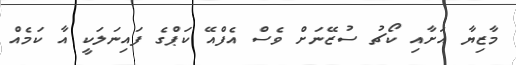
މާޒިޔާ އަށާއި ކޯޗު ސުޒޭނަށް ވެސް އެފްއޭ ކަޕްގެ ފައިނަލަކީ އާ ކަމެއް